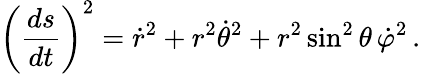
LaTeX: \left({\frac{ds}{dt}}\right)^{2}={\dot{r}}^{2}+r^{2}{\dot{\theta}}^{2}+r^{2}\sin^{2}\theta\, {\dot{\varphi}}^{2}\, .